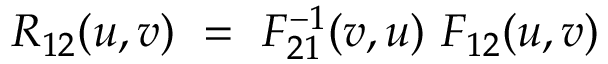
R _ { 1 2 } ( u , v ) \ = \ F _ { 2 1 } ^ { - 1 } ( v , u ) \ F _ { 1 2 } ( u , v )